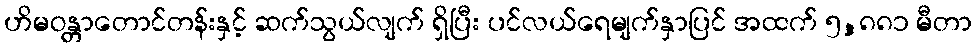
ဟိမဝန္တာတောင်တန်းနှင့် ဆက်သွယ်လျက် ရှိပြီး ပင်လယ်ရေမျက်နှာပြင် အထက် ၅,၈၈၁ မီတာ